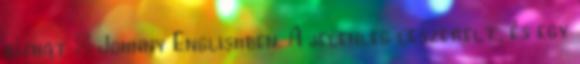
bízhat – Johnny Englishben. A jelenleg leszerelt, és egy